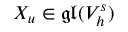
X _ { u } \in \mathfrak { g l } ( V _ { h } ^ { s } )